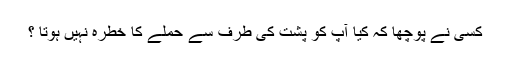
کسی نے پوچھا کہ کیا آپ کو پشت کی طرف سے حملے کا خطرہ نہیں ہوتا ؟